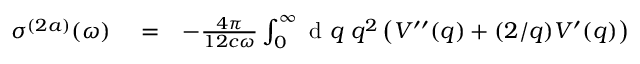
\begin{array} { r l r } { \sigma ^ { ( 2 a ) } ( \omega ) } & { { } = } & { - \frac { 4 \pi } { 1 2 c \omega } \int _ { 0 } ^ { \infty } \ensuremath { \mathrm { ~ d ~ } } q \; q ^ { 2 } \left( V ^ { \prime \prime } ( q ) + ( 2 / q ) V ^ { \prime } ( q ) \right) } \end{array}